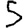
Digit: 5